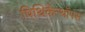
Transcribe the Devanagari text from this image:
पिथिकैन्थॉपस